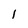
Character: l